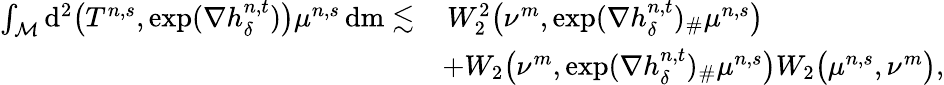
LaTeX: \begin{array}{rl}{\int_{\mathcal{M}}\mathrm{d}^{2}\big(T^{n,s},\exp(\nabla h_{\delta}^{n,t})\big)\mu^{n,s}\, \mathrm{d}\mathrm{m}\lesssim}&{\, W_{2}^{2}\big(\nu^{m},\exp(\nabla h_{\delta}^{n,t})_{\# }\mu^{n,s}\big)}\\ &{+W_{2}\big(\nu^{m},\exp(\nabla h_{\delta}^{n,t})_{\# }\mu^{n,s}\big)W_{2}\big(\mu^{n,s},\nu^{m}\big),}\end{array}